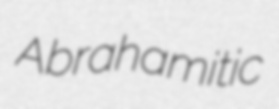
Abrahamitic